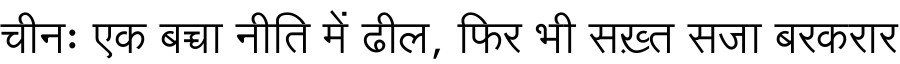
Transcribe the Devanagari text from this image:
चीनः एक बच्चा नीति में ढील, फिर भी सख़्त सजा बरकरार